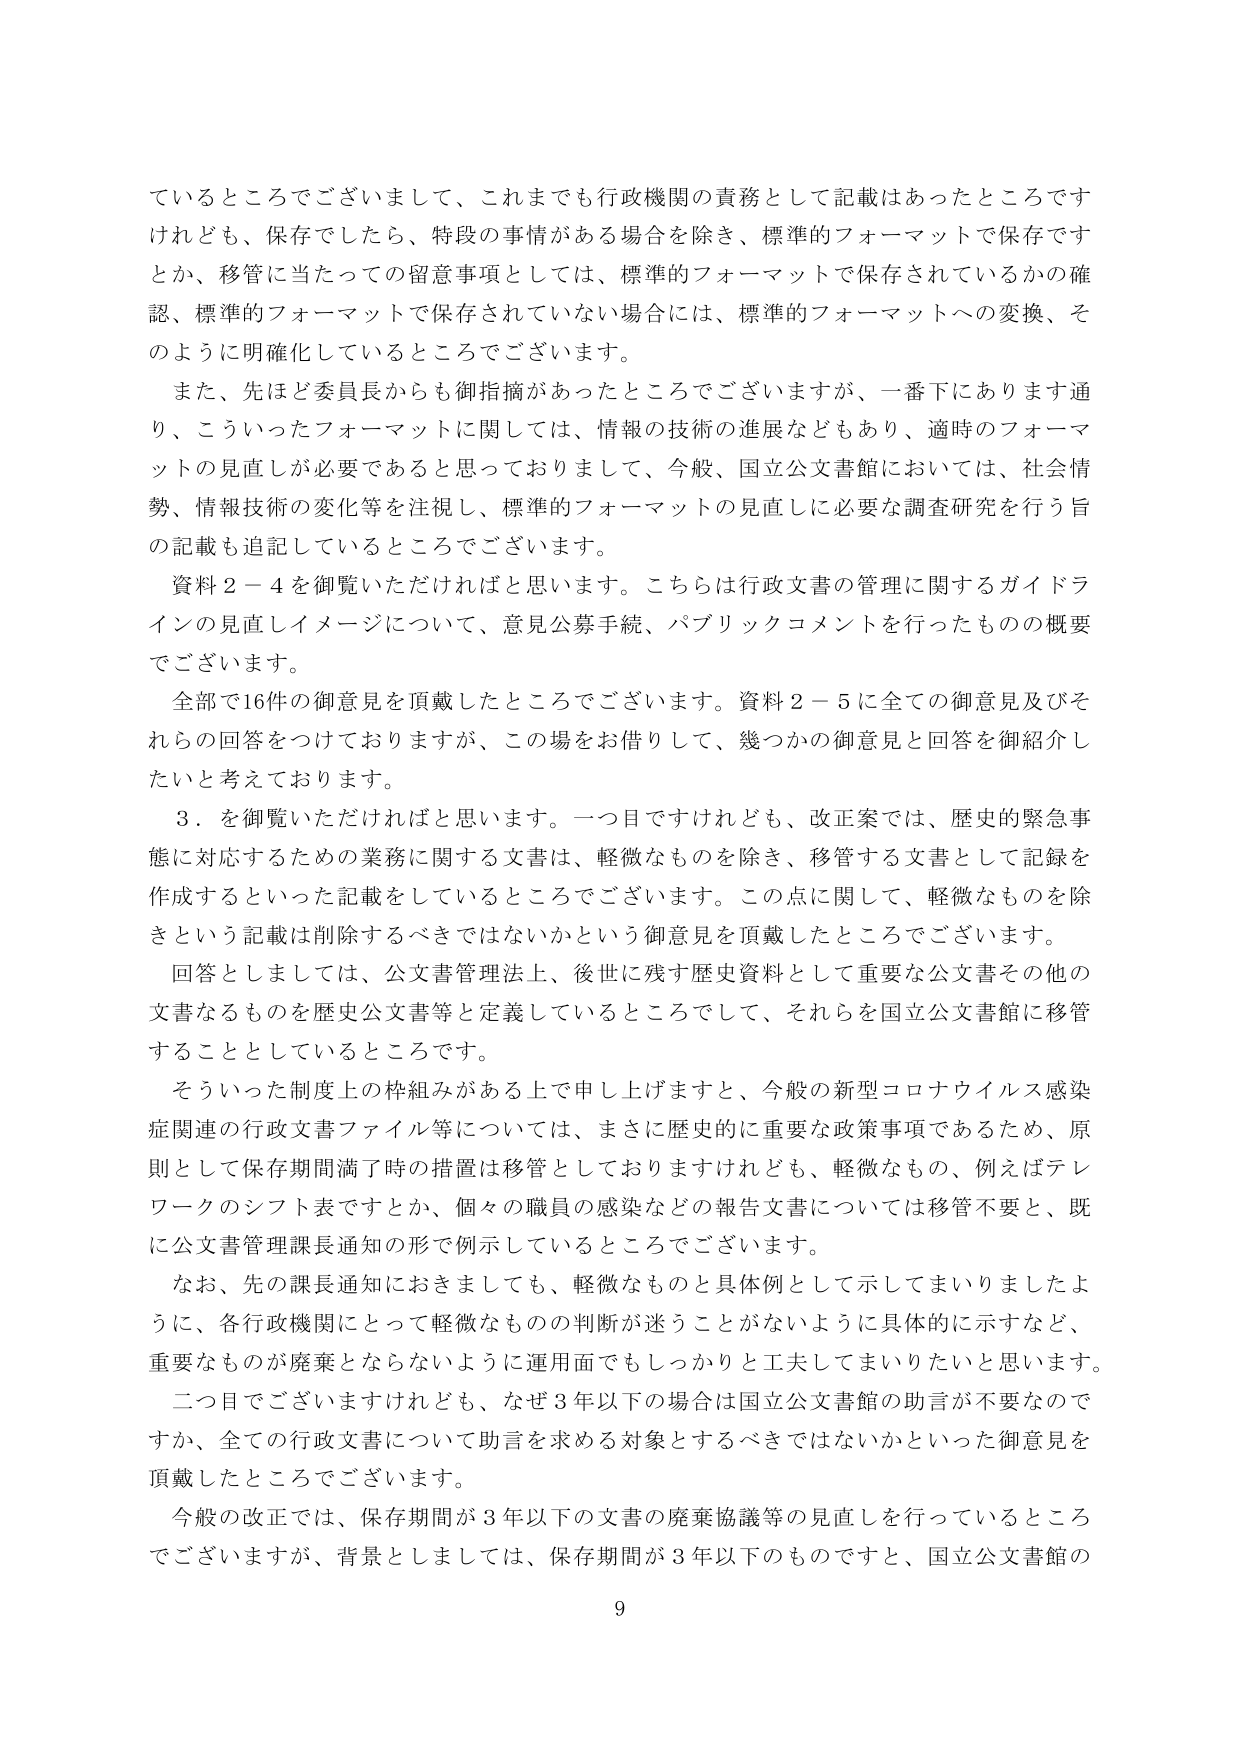
ているところでございまして、これまでも行政機関の責務として記載はあったところです
けれども、保存でしたら、特段の事情がある場合を除き、標準的フォーマットで保存です
とか、移管に当たっての留意事項としては、標準的フォーマットで保存されているかの確
認、標準的フォーマットで保存されていない場合には、標準的フォーマットへの変換、そ
のように明確化しているところでございます。
また、先ほど委員長からも御指摘があったところでございますが、一番下にあります通
り、こういったフォーマットに関しては、情報の技術の進展などもあり、適時のフォーマ
ットの見直しが必要であると思っておりまして、今般、国立公文書館においては、社会情
勢、情報技術の変化等を注視し、標準的フォーマットの見直しに必要な調査研究を行う旨
の記載も追記しているところでございます。
資料２－４を御覧いただければと思います。こちらは行政文書の管理に関するガイドラ
インの見直しイメージについて、意見公募手続、パブリックコメントを行ったものの概要
でございます。
全部で16件の御意見を頂戴したところでございます。資料２－５に全ての御意見及びそ
れらの回答をつけておりますが、この場をお借りして、幾つかの御意見と回答を御紹介し
たいと考えております。
３．を御覧いただければと思います。一つ目ですけれども、改正案では、歴史的緊急事
態に対応するための業務に関する文書は、軽微なものを除き、移管する文書として記録を
作成するといった記載をしているところでございます。この点に関して、軽微なものを除
きという記載は削除するべきではないかという御意見を頂戴したところでございます。
回答としましては、公文書管理法上、後世に残す歴史資料として重要な公文書その他の
文書なるものを歴史公文書等と定義しているところでして、それらを国立公文書館に移管
することとしているところです。
そういった制度上の枠組みがある上で申し上げますと、今般の新型コロナウイルス感染
症関連の行政文書ファイル等については、まさに歴史的に重要な政策事項であるため、原
則として保存期間満了時の措置は移管としておりますけれども、軽微なもの、例えばテレ
ワークのシフト表ですとか、個々の職員の感染などの報告文書については移管不要と、既
に公文書管理課長通知の形で例示しているところでございます。
なお、先の課長通知におきましても、軽微なものと具体例として示してまいりましたよ
うに、各行政機関にとって軽微なもののが判断が迷うことがないように具体的に示すなど、
重要なもののが廃棄とならないように運用面でもしっかりと工夫してまいりたいと思います。
二つ目でございますけれども、なぜ３年以下の場合の場合は国立公文書館の助言が不要なの
すか、全ての行政文書について助言を求める対象とするべきではないかといった御意見を
頂戴したところでございます。
今般の改正では、保存期間が３年以下の文書の廃棄協議等の見直しを行っているところ
でございますが、背景としましては、保存期間が３年以下のものと、国立公文書館の
9